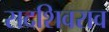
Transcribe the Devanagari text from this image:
सदशिवराव